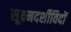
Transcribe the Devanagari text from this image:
सूक्ष्मदर्शीविदों